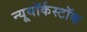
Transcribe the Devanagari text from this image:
न्यूयॉर्कस्टॉक